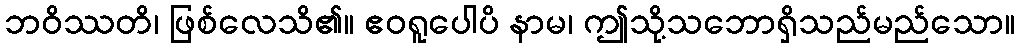
ဘဝိဿတိ၊ ဖြစ်လေသိ၏။ ဧဝရူပေါပိ နာမ၊ ဤသို့သဘောရှိသည်မည်သော။